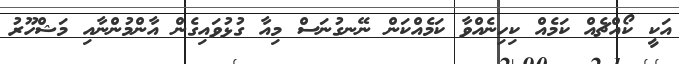
އަކީ ކޯއްޗެއް ކަމެއް ކިހިނެއްވާ ކަމެއްކަން ނޭނގުނަސް މިއާ ގުޅުވައިގެން އާންމުންނާއި މަޝްހޫރު